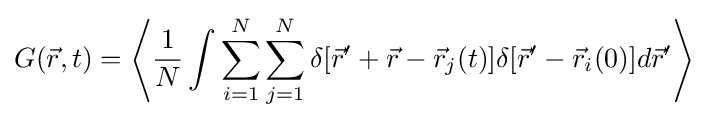
G({\vec {r}},t)=\left\langle {\frac {1}{N}}\int \sum _{i=1}^{N}\sum _{j=1}^{N}\delta [{\vec {r}}'+{\vec {r}}-{\vec {r}}_{j}(t)]\delta [{\vec {r}}'-{\vec {r}}_{i}(0)]d{\vec {r}}'\right\rangle